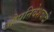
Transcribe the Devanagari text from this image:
औपनिवेशवादी